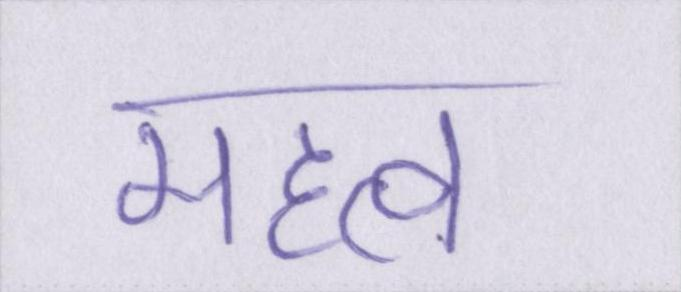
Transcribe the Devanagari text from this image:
महत्व